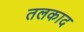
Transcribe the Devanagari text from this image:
तलकाद